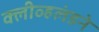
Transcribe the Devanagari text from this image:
क्लीव्हलंडने